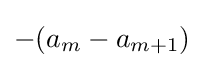
-(a_{m}-a_{m+1})